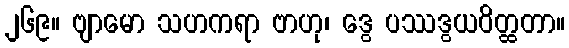
၂၆၉။ ဗျာမော သဟကရာ ဗာဟု၊ ဒွေ ပဿဒွယဝိတ္ထတာ။